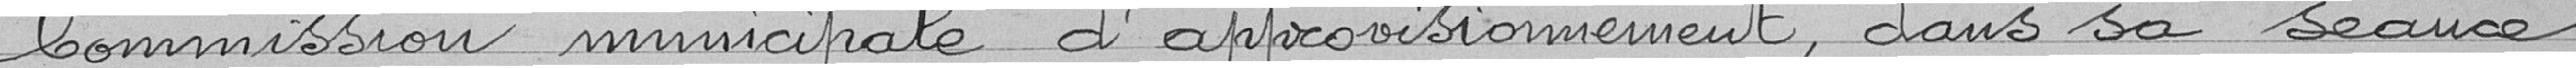
Commission municipale d'approvisionnement, dans sa séance